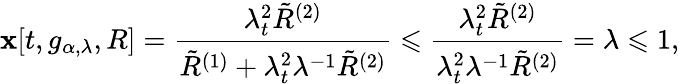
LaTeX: \mathbf{x}[t,g_{\alpha,\lambda},R]=\frac{{\lambda_{t}^{2}\tilde{{R}}^{(2)}}}{{\tilde{{R}}^{(1)}+\lambda_{t}^{2}\lambda^{-1}\tilde{{R}}^{(2)}}}\leqslant\frac{{\lambda_{t}^{2}\tilde{{R}}^{(2)}}}{{\lambda_{t}^{2}\lambda^{-1}\tilde{{R}}^{(2)}}}=\lambda\leqslant1,